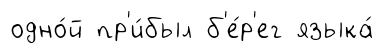
одно́й пр'и́был б'е́р'ег языка́